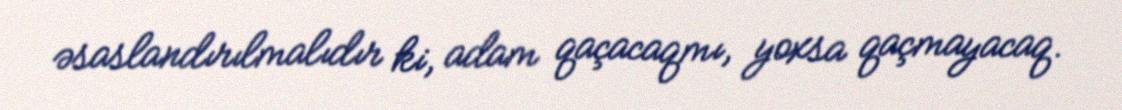
əsaslandırılmalıdır ki, adam qaçacaqmı, yoxsa qaçmayacaq.